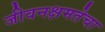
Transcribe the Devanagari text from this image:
जीवनक्षमतेचा